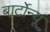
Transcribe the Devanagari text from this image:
बार्टोन्यू